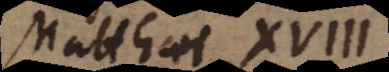
Matthaei XVIII